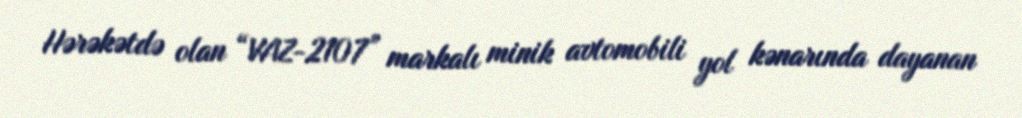
Hərəkətdə olan “VAZ-2107” markalı minik avtomobili yol kənarında dayanan